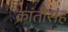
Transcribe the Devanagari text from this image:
क्रांतीसह